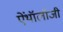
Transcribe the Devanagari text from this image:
ऐंथॉलॉजी